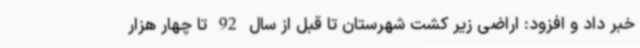
خبر داد و افزود: اراضی زیر کشت شهرستان تا قبل از سال 92 تا چهار هزار